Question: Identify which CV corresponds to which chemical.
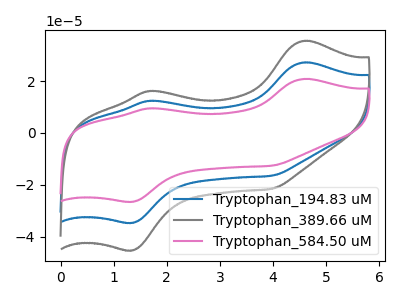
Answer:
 <answer>The blue curve is labeled "Tryptophan_194.83 uM". The gray curve is labeled "Tryptophan_389.66 uM". The pink curve is labeled "Tryptophan_584.50 uM".</answer>
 <eval></eval>